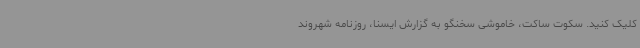
کلیک کنید. سکوت ساکت، خاموشی سخنگو به گزارش ایسنا، روزنامه شهروند